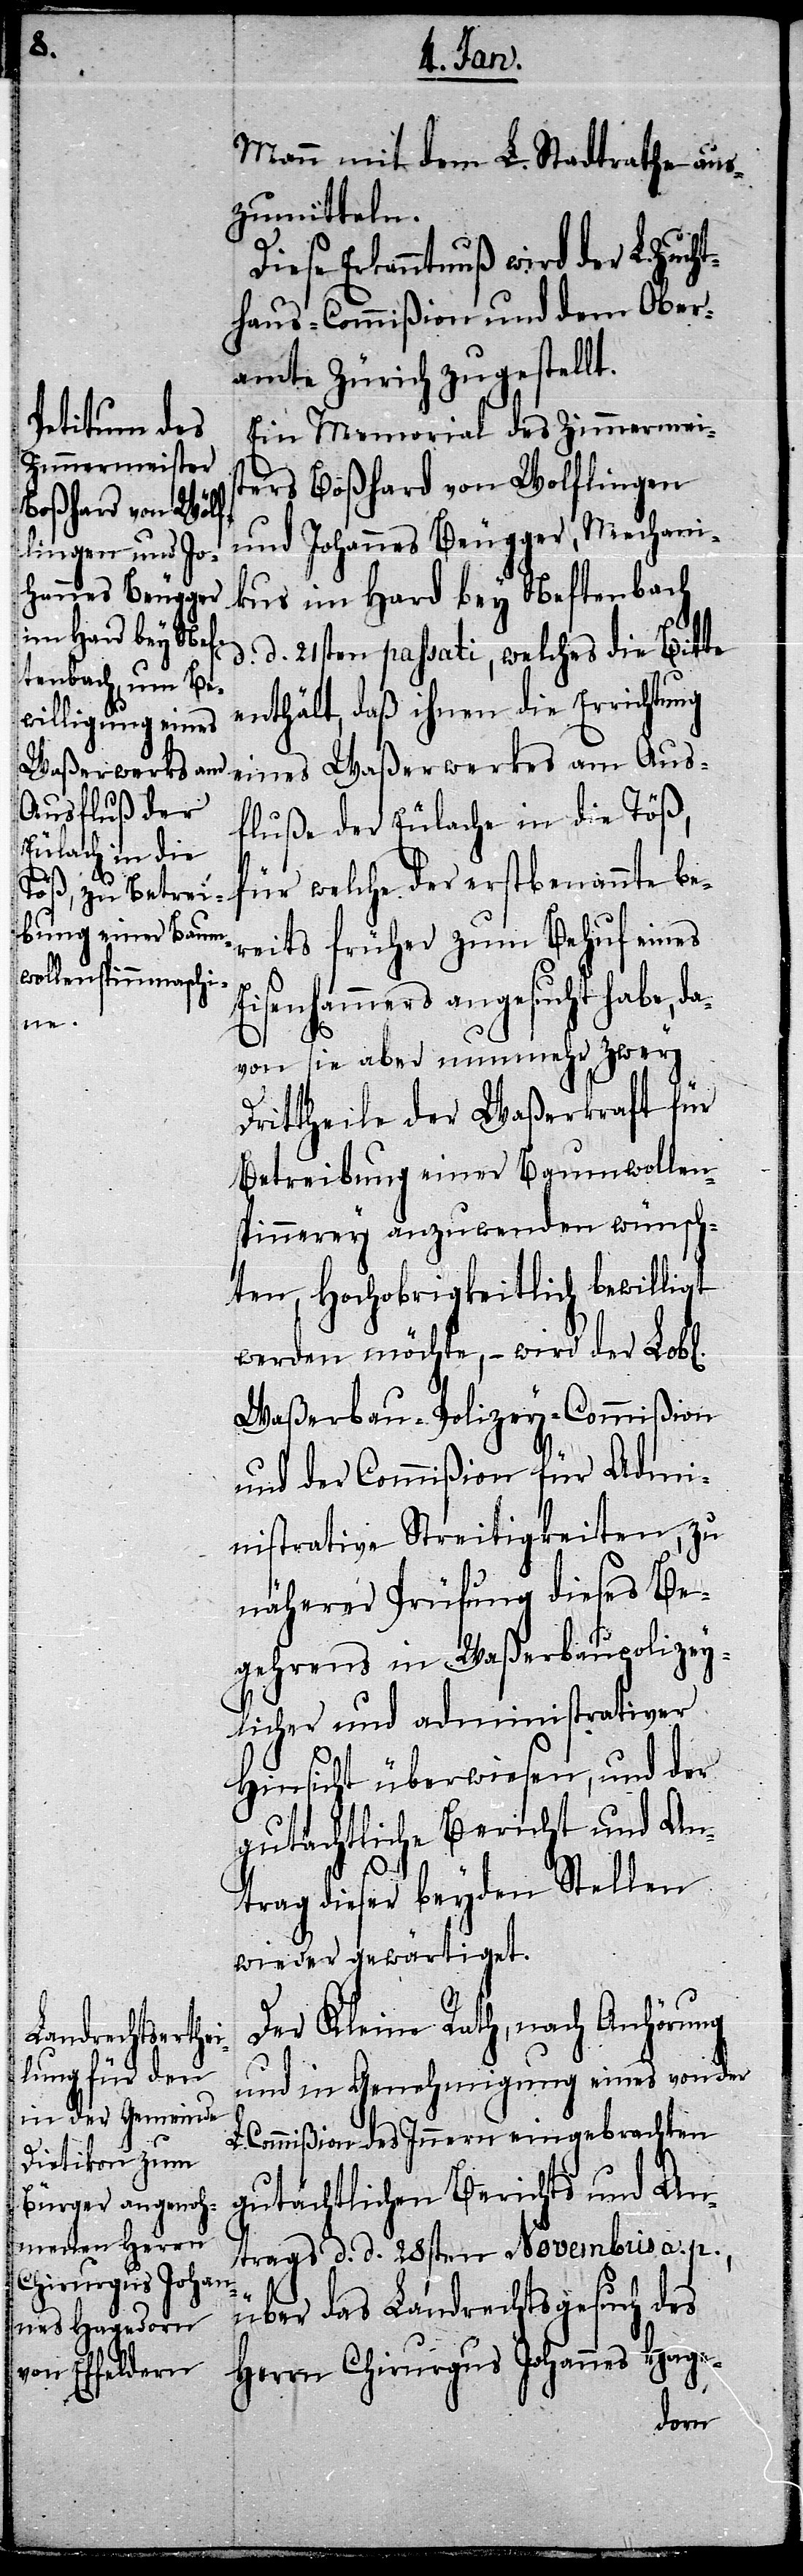
Mann mit dem L. Stadtrathe aus¬
zumitteln.
Diese Erkenntnuß wird der L. Zuch¬
thaus-Commißion und dem Ober¬
amte Zürich zugestellt.
Ein Memorial des Zimmermeis¬
ters Boßhard von Wolflingen
und Johannes Beugger, Mechani¬
kus im Hard bey Neftenbach
d. 21sten passati, welches die Bitte
enthält, daß ihnen die Errichtung
eines Waßerwerkes am Aus¬
fluße der Eulache in die Töß,
für welche der erstbenannte be¬
reits früher zum Behuf eines
isenhammers angesucht habe,
von sie aber nunmehr zwey
Drittheile der Waßerkraft für
Betreibung einer Baumwollen¬
spinnerey anzuwenden wünsch¬
ten, Hochobrigkeitlich bewilligt
werden möchte, – wird der Lob[l¬
Waßerbau-Polizey-Commißion
und der Commißion für Admi¬
nistrative Streitigkeiten, zu
näherer Prüfung dieses Be¬
gehrens in Waßerbaupolizey¬
licher und administrativer
Hinsicht überwiesen, und der
gutächtliche Bericht und An¬
E¬
trag dieser beyden Stellen
wieder gewärtiget.
Der Kleine Rath, nach Anhörung
und in Genehmigung eines von der
Commißion des Innern eingebrachten
gutächtlichen Berichts und An¬
trags d. d. 28sten Novembus a. p.,
über das Landrechtsgesuch des
Herrn Chirurgus Johannes Hage-
ichen].